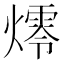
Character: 燯